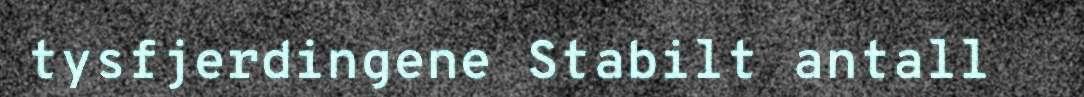
tysfjerdingene Stabilt antall